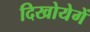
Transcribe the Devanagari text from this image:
दिखोयेगें